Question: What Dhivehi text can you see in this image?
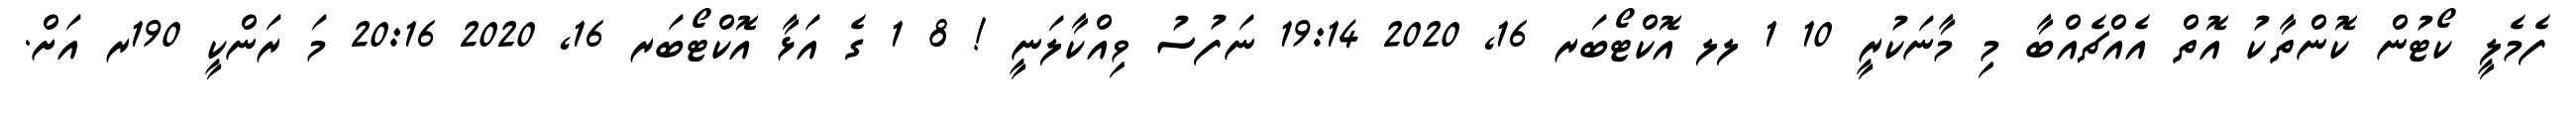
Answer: ފެމެލީ ކޯޓުން ކޮންތާކު އޮތް އެއްޗެއްބާ މި މާނަކުރީ 10 1 ލލ އޮކްޓޯބަރ 16, 2020 19:14 ނަފުސު ވިއްކާލަނީ ! 8 1 ގެ އަޅާ އޮކްޓޯބަރ 16, 2020 20:16 މަ ރަންކީ 190ރ އަށް.